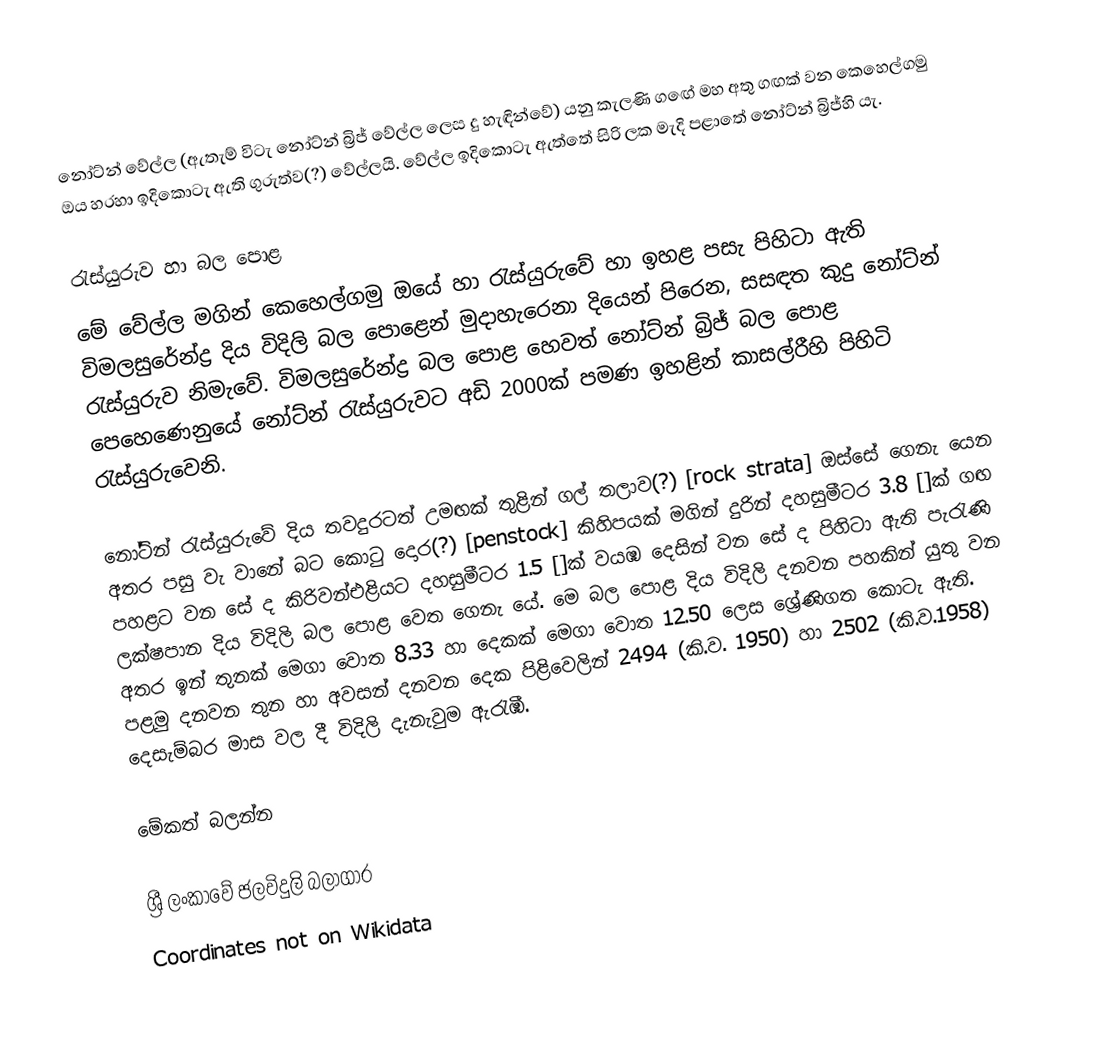
නෝට්න් වේල්ල (ඇතැම් විටැ නෝට්න් බ්‍රිජ් වේල්ල ලෙස දු හැඳින්වේ) යනු කැලණි ගඟේ මහ අතු ගඟක් වන කෙහෙල්ගමු ඔය හරහා ඉදිකොටැ ඇති ගුරුත්ව(?) වේල්ලයි. වේල්ල ඉදිකොටැ ඇත්තේ සිරි ලක මැදි පළාතේ නෝට්න් බ්‍රිජ්හි යැ.

රැස්යුරුව හා බල පොළ
මේ වේල්ල මගින් කෙහෙල්ගමු ඔයේ  හා රැස්යුරුවේ හා ඉහළ පසැ පිහිටා ඇති විමලසුරේන්ද්‍ර දිය විදිලි බල පොළෙන් මුදාහැරෙනා දියෙන් පිරෙන, සසඳත කුදු නෝට්න් රැස්යුරුව නිමැවේ. විමලසුරේන්ද්‍ර බල පොළ හෙවත් නෝට්න් බ්‍රිජ් බල පොළ පෙහෙණෙනුයේ නෝට්න් රැස්යුරුවට අඩි 2000ක් පමණ ඉහළින් කාසල්රීහි පිහිටි රැස්යුරුවෙනි.

නෝට්න් රැස්යුරුවේ දිය තවදුරටත් උමඟක් තුළින් ගල් තලාව(?) [rock strata] ඔස්සේ ගෙනැ යෙන අතර පසු වැ වානේ බට කොටු දොර(?) [penstock] කිහිපයක් මගින් දුරින් දහසුමීටර 3.8 []ක් ගඟ පහළට  වන සේ ද කිරිවන්එළියට දහසුමීටර 1.5 []ක් වයඹ දෙසින් වන සේ ද පිහිටා ඇති පැරැණි ලක්ෂපාන දිය විදිලි බල පොළ වෙත ගෙනැ යේ. මෙ බල පොළ දිය විදිලි දනවන පහකින් යුතු වන අතර ඉන් තුනක් මෙගා වොත 8.33 හා දෙකක් මෙගා වොත 12.50 ලෙස ශ්‍රේණිගත කොටැ ඇති. පළමු දනවන තුන හා අවසන් දනවන දෙක පිළිවෙලින් 2494 (කි.ව. 1950)  හා 2502 (කි.ව.1958) දෙසැම්බර මාස වල දී විදිලි දැනැවුම ඇරැඹී.

මේකත් බලන්න

ශ්‍රී ලංකාවේ ජලවිදුලි බලාගාර
Coordinates not on Wikidata